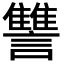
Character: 讐